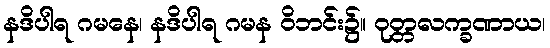
နဒိပါရ ဂမနေ၊ နဒိပါရ ဂမန ဝိဘင်း၌။ ဝုတ္တလက္ခဏာယ၊